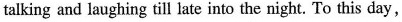
talking and laughing till late into the night. To this day,